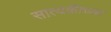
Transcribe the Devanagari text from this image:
सात्यकीच्या